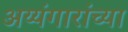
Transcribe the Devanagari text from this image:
अय्यंगारांच्या